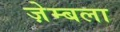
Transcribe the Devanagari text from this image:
ज़ेम्बला